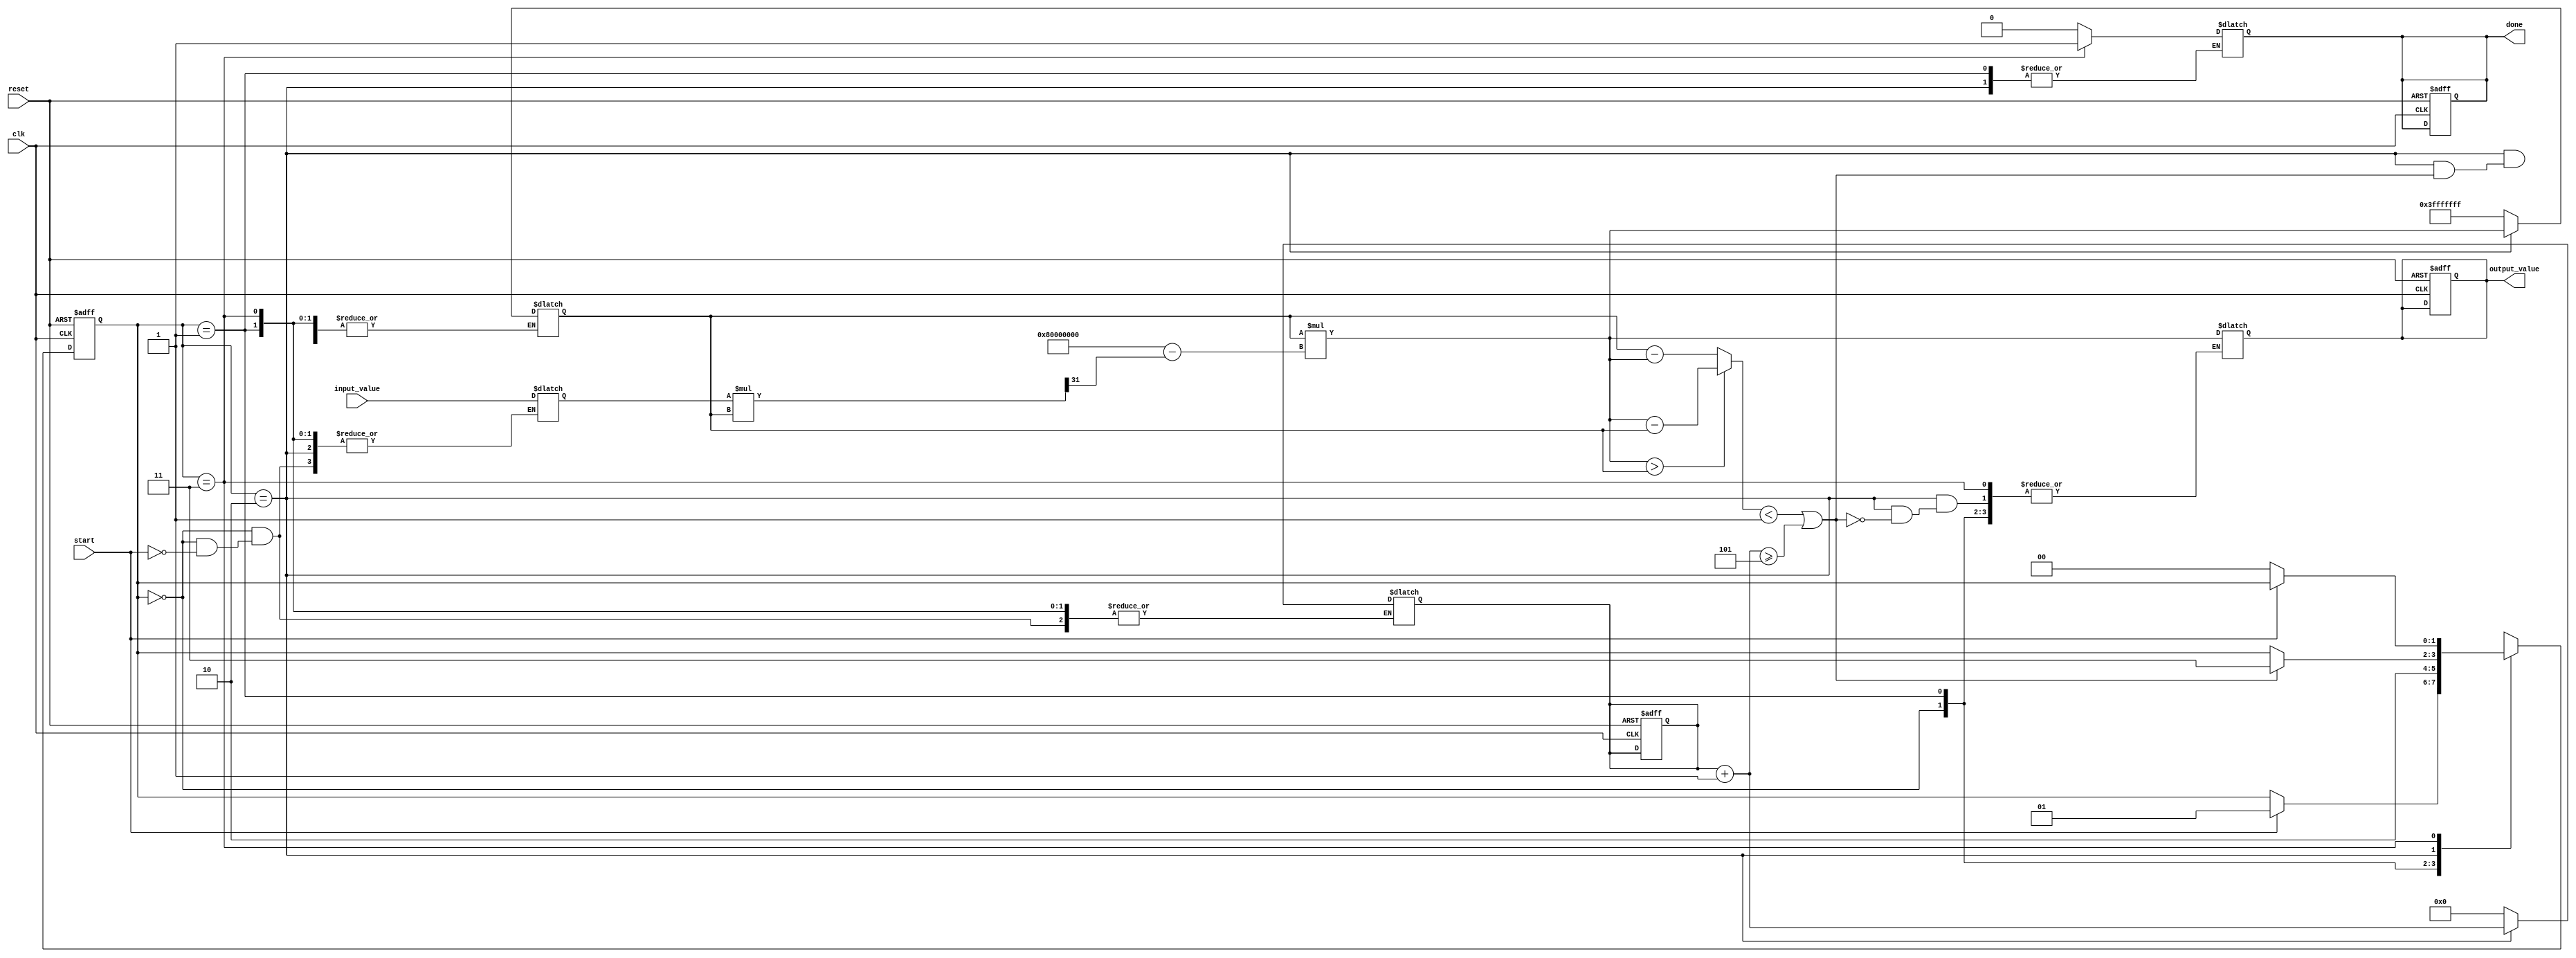
module IterativeReciprocal (
    input wire clk,                  // Clock signal
    input wire reset,                // Asynchronous reset
    input wire [31:0] input_value,   // Input value (fixed-point representation)
    input wire start,                // Start computation signal
    output reg [31:0] output_value,  // Output reciprocal value
    output reg done                  // Computation complete signal
);

    // State encoding
    localparam IDLE            = 2'b00;
    localparam INITIALIZE      = 2'b01;
    localparam ITERATE         = 2'b10;
    localparam DONE            = 2'b11;

    reg [1:0] state, next_state;
    reg [31:0] guess;            // Current guess for the reciprocal
    reg [31:0] new_guess;        // New guess for the reciprocal
    reg [4:0] iteration_count;   // Iteration counter
    reg [31:0] tolerance;        // Tolerance for convergence
    reg [31:0] input_reg;        // Register to hold the input value

    // Initial guess and convergence tolerance
    initial begin
        tolerance = 32'h00000001;  // Set tolerance value
        iteration_count = 0;
        output_value = 32'h00000000;
        done = 1'b0;
        state = IDLE;
    end

    // State transition logic
    always @(posedge clk or posedge reset) begin
        if (reset) begin
            state <= IDLE;
            output_value <= 32'h00000000;
            done <= 1'b0;
            iteration_count <= 0;
        end else begin
            state <= next_state;
        end
    end

    // Next state and output logic
    always @(*) begin
        next_state = state;
        case (state)
            IDLE: begin
                done = 1'b0;
                if (start) begin
                    input_reg = input_value;
                    guess = 32'h3FFFFFFF; // Initial guess (approx. 0.5 in fixed-point)
                    iteration_count = 0;
                    next_state = INITIALIZE;
                end
            end

            INITIALIZE: begin
                next_state = ITERATE;
            end

            ITERATE: begin
                // Perform the iterative calculation
                new_guess = guess * (32'h80000000 - (input_reg * guess >> 31)); // new_guess = guess * (2 - input * guess)
                iteration_count = iteration_count + 1;

                // Check for convergence
                if ((new_guess > guess ? new_guess - guess : guess - new_guess) < tolerance || iteration_count >= 5) begin
                    output_value = new_guess;
                    next_state = DONE;
                end else begin
                    guess = new_guess;
                end
            end

            DONE: begin
                done = 1'b1;
                if (!start) begin
                    next_state = IDLE; // Return to idle state on reset of the start signal
                end
            end
            
            default: next_state = IDLE; // Safety default
        endcase
    end
endmodule